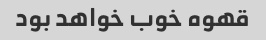
قهوه خوب خواهد بود